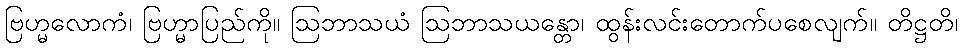
ဗြဟ္မလောကံ၊ ဗြဟ္မာပြည်ကို။ ဩဘာသယံ ဩဘာသယန္တော၊ ထွန်းလင်းတောက်ပစေလျက်။ တိဋ္ဌတိ၊